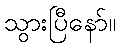
သွားပြီနော်။